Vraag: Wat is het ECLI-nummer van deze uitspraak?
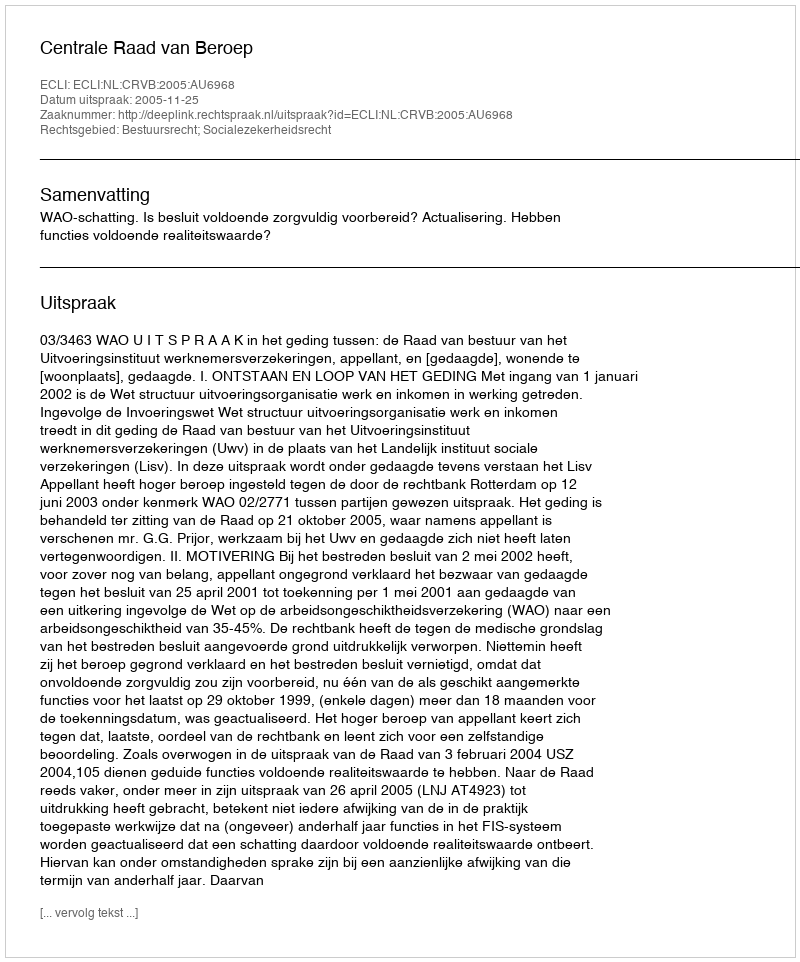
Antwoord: ECLI:NL:CRVB:2005:AU6968